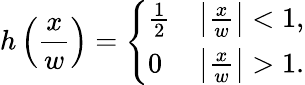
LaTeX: h\left({\frac{x}{w}}\right)={\left\{ \begin{array}{ll}{{\frac{1}{2}}}&{\left|{\frac{x}{w}}\right|<1,}\\ {0}&{\left|{\frac{x}{w}}\right|>1.}\end{array}\right.}